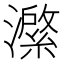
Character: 𭳆